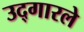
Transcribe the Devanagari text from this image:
उद्‌गारले